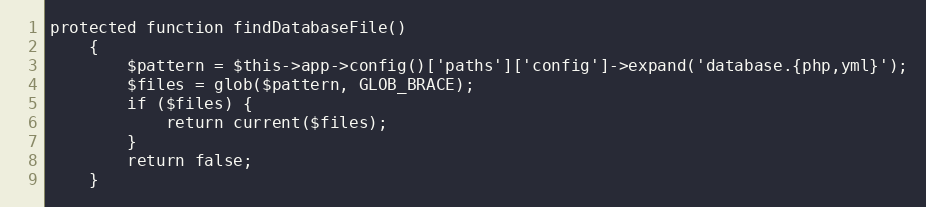
Language: PHP
protected function findDatabaseFile()
    {
        $pattern = $this->app->config()['paths']['config']->expand('database.{php,yml}');
        $files = glob($pattern, GLOB_BRACE);
        if ($files) {
            return current($files);
        }
        return false;
    }